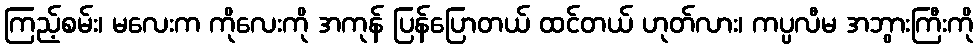
ကြည့်စမ်း၊ မလေးက ကိုလေးကို အကုန် ပြန်ပြောတယ် ထင်တယ် ဟုတ်လား၊ ကပ္ပလီမ အဘွားကြီးကို